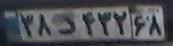
۳۸د۴۳۲۶۸